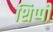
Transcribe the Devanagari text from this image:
शिप्पी